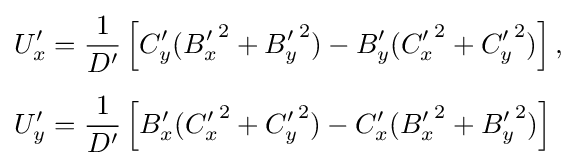
{\begin{aligned}U'_{x}&={\frac {1}{D'}}\left[C'_{y}({B'_{x}}^{2}+{B'_{y}}^{2})-B'_{y}({C'_{x}}^{2}+{C'_{y}}^{2})\right],\\[5pt]U'_{y}&={\frac {1}{D'}}\left[B'_{x}({C'_{x}}^{2}+{C'_{y}}^{2})-C'_{x}({B'_{x}}^{2}+{B'_{y}}^{2})\right]\end{aligned}}